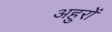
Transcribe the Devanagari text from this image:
अहुरों